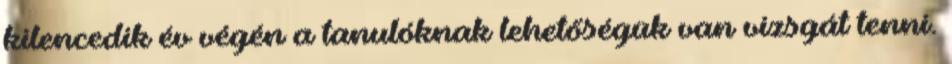
kilencedik év végén a tanulóknak lehetőségük van vizsgát tenni.